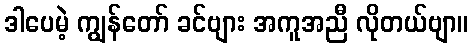
ဒါပေမဲ့ ကျွန်တော် ခင်ဗျား အကူအညီ လိုတယ်ဗျာ။